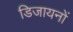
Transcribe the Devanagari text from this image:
डिजायनों